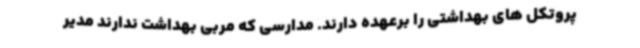
پروتکل های بهداشتی را برعهده دارند. مدارسی که مربی بهداشت ندارند مدیر